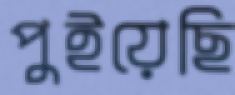
পুইয়েছি